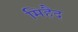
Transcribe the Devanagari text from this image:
मिहैद